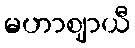
မဟာဈာယီ